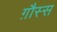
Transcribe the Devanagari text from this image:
ग़ौस्स